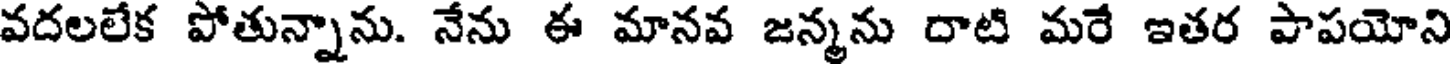
వదలలేక పోతున్నాను. నేను ఈ మానవ జన్మను దాటి మరే ఇతర పాపయోని